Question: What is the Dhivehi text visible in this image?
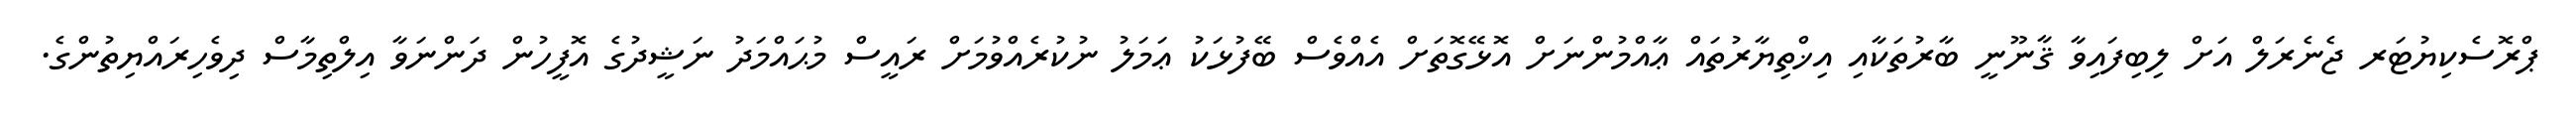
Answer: ޕްރޮސެކިޔުޓަރ ޖެނެރަލް އަށް ލިބިފައިވާ ޤާނޫނީ ބާރުތަކާއި އިޚްތިޔާރުތައް ޢާއްމުންނަށް އޮޅޭގޮތަށް އެއްވެސް ބޭފުޅަކު ޢަމަލު ނުކުރެއްވުމަށް ރައީސް މުޙައްމަދު ނަޝީދުގެ އޮފީހުން ދަންނަވާ އިލްތިމާސް ދިވެހިރައްޔިތުންގެ.